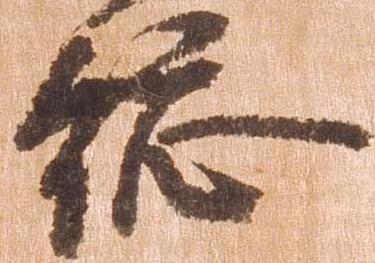
総